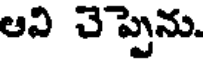
ఆవి చెప్పెను.